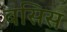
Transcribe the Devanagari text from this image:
बसिस